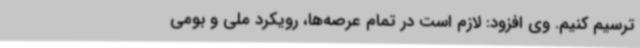
ترسیم کنیم. وی افزود: لازم است در تمام عرصه‌ها، رویکرد ملی و بومی